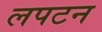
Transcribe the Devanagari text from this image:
लपटन